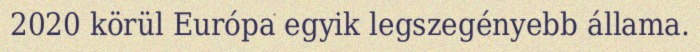
2020 körül Európa egyik legszegényebb állama.